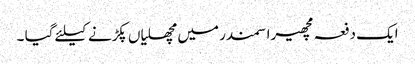
ایک دفعہ مچھیرا سمندر میں مچھلیاں پکڑنے کیلئے گیا ۔